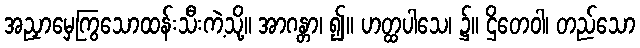
အညှာမှေကြွသောထန်းသီးကဲ့သို့။ အာဂန္တာ၊ ၍။ ဟတ္ထပါသေ၊ ၌။ ဌိတေဝါ၊ တည်သော